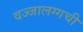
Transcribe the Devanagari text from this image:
वज्‍जालग्गची